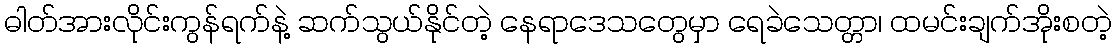
ဓါတ်အားလိုင်းကွန်ရက်နဲ့ ဆက်သွယ်နိုင်တဲ့ နေရာဒေသတွေမှာ ရေခဲသေတ္တာ၊ ထမင်းချက်အိုးစတဲ့